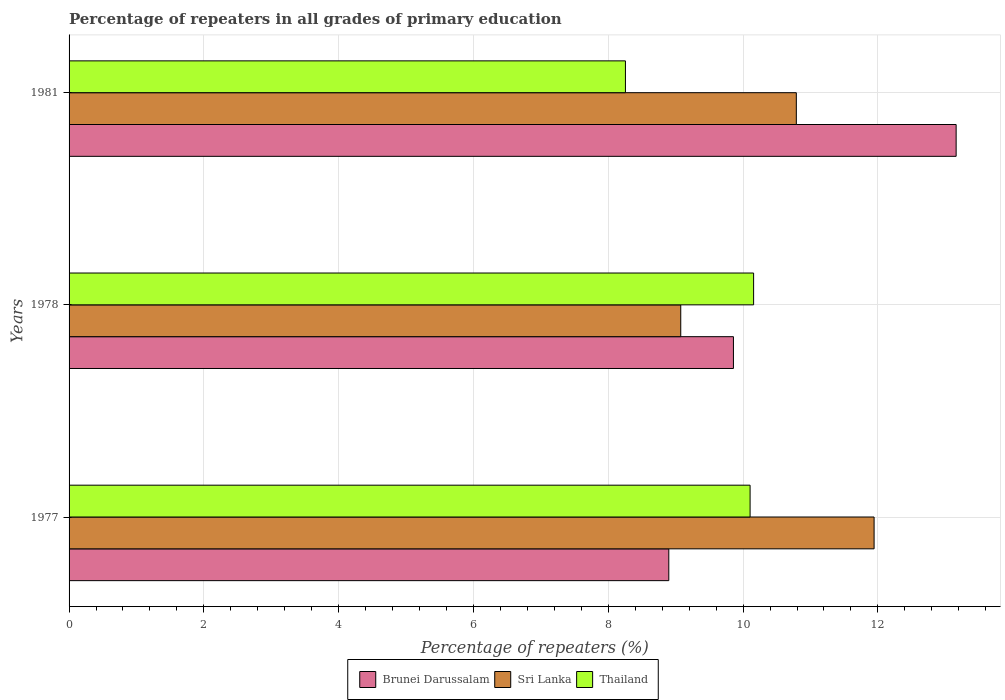
| Years | Brunei Darussalam | Sri Lanka | Thailand |
 | --- | --- | --- | --- |
 | 1977 | 8.9 | 11.9 | 10.1 |
 | 1978 | 9.86 | 9.08 | 10.2 |
 | 1981 | 13.2 | 10.8 | 8.25 |